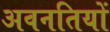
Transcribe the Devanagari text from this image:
अवनतियों